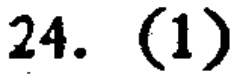
24. (1)